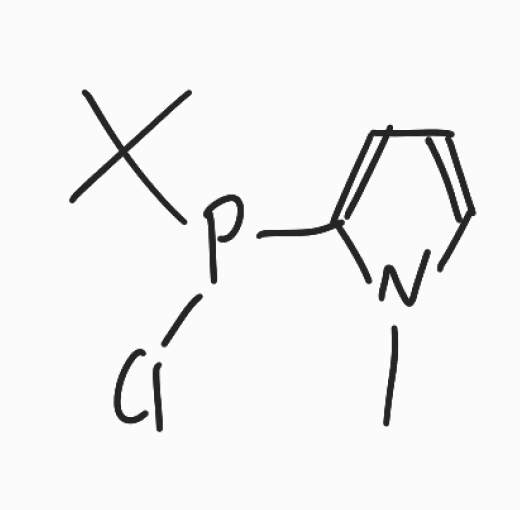
Simplified molecular-input line-entry system (SMILES) notation of the given molecule:
CC(C)(C)P(C1=CC=CN1C)Cl